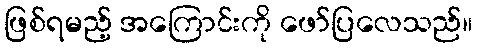
ဖြစ်ရမည့် အကြောင်းကို ဖော်ပြလေသည်။